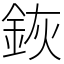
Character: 𨦗